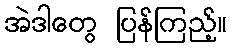
အဲဒါတွေ ပြန်ကြည့်။